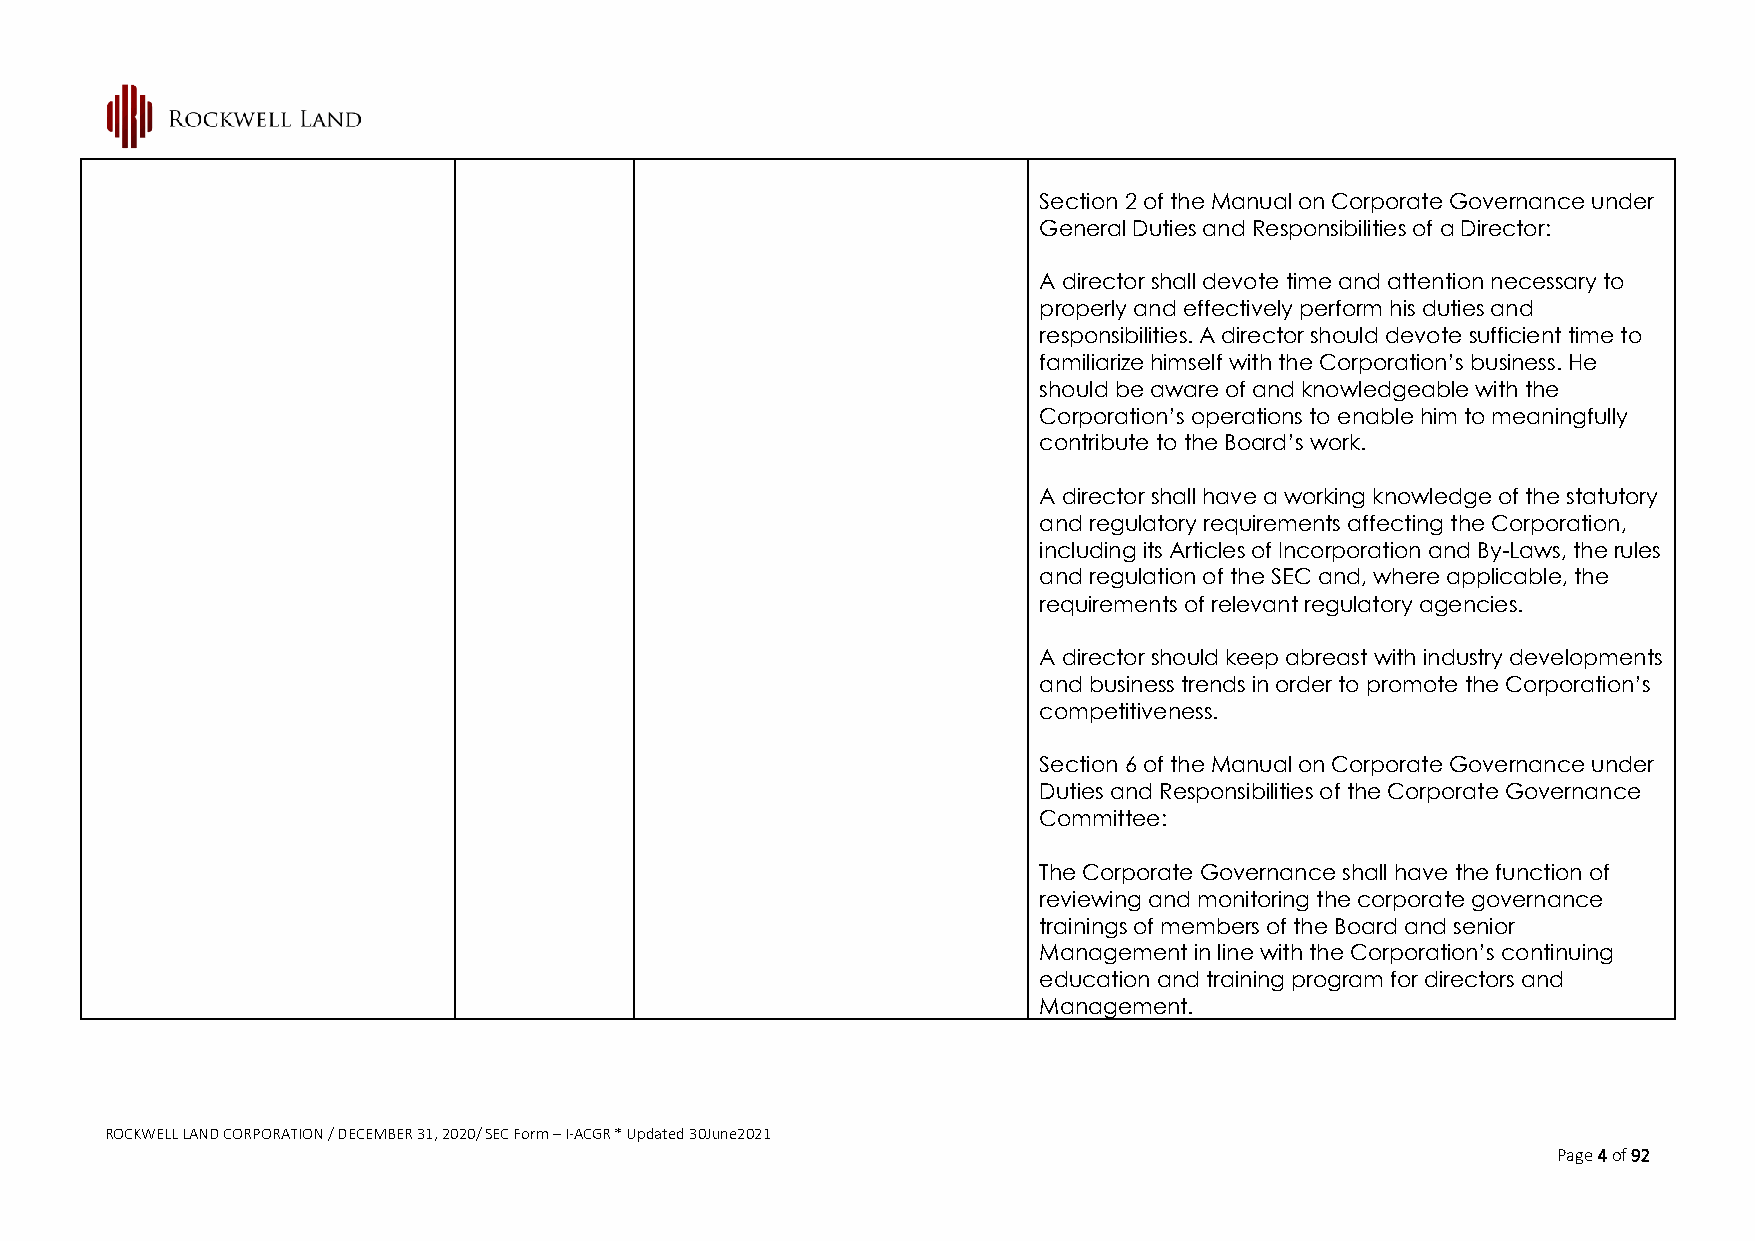
Section 2 of the Manual on Corporate Governance under
 General Duties and Responsibilities of a Director:
 A director shall devote time and attention necessary to
 properly and effectively perform his duties and
 responsibilities. A director should devote sufficient time to
 familiarize himself with the Corporation’s business. He
 should be aware of and knowledgeable with the
 Corporation’s operations to enable him to meaningfully
 contribute to the Board’s work.
 A director shall have a working knowledge of the statutory
 and regulatory requirements affecting the Corporation,
 including its Articles of Incorporation and By-Laws, the rules
 and regulation of the SEC and, where applicable, the
 requirements of relevant regulatory agencies.
 A director should keep abreast with industry developments
 and business trends in order to promote the Corporation’s
 competitiveness.
 Section 6 of the Manual on Corporate Governance under
 Duties and Responsibilities of the Corporate Governance
 Committee:
 The Corporate Governance shall have the function of
 reviewing and monitoring the corporate governance
 trainings of members of the Board and senior
 Management in line with the Corporation’s continuing
 education and training program for directors and
 Management.
 ROCKWELL LAND CORPORATION / DECEMBER 31, 2020/ SEC Form – I-ACGR * Updated 30June2021
 Page 4 of 92